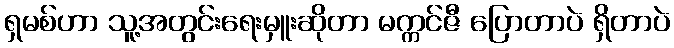
ရှမစ်ဟာ သူ့အတွင်းရေးမှူးဆိုတာ မက္ကင်ဇီ ပြောတာပဲ ရှိတာပဲ